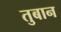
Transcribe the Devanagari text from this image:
तुबान